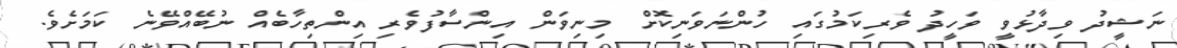
ނަޝީދު ވިދާޅުވީ ވަހީދު ވެރިކަމުގައި ހުންނަވަނިކޮށް މިނިވަން އިންސާފުވެރި އިންތިހާބެއް ނުބޭއްވޭނެ ކަމަށެވެ.